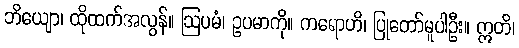
ဘိယျော၊ ထိုထက်အလွန်။ ဩပမံ၊ ဥပမာကို။ ကရောဟိ၊ ပြုတော်မူပါဦး။ ဣတိ၊